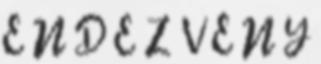
E N D E Z V É N Y